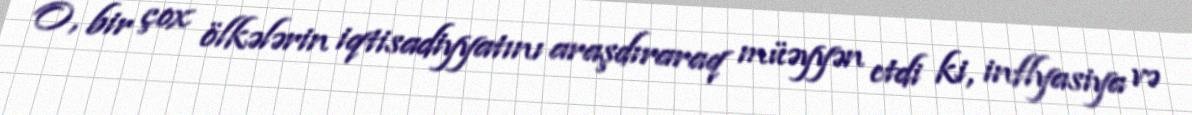
O, bir çox ölkələrin iqtisadiyyatını araşdıraraq müəyyən etdi ki, inflyasiya və